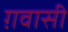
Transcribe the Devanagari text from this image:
ग़वासी